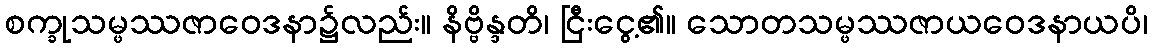
စက္ခုသမ္ဖဿဇာဝေဒနာ၌လည်း။ နိဗ္ဗိန္ဒတိ၊ ငြီးငွေ့၏။ သောတသမ္ဖဿဇာယဝေဒနာယပိ၊